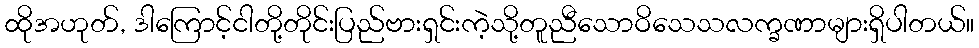
ထိုအဟုတ်, ဒါကြောင့်ငါတို့တိုင်းပြည်ဗားရှင်းကဲ့သို့တူညီသောဝိသေသလက္ခဏာများရှိပါတယ်။